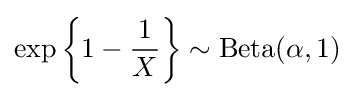
\exp \left\{1-{\frac {1}{X}}\right\}\sim {\textrm {Beta}}(\alpha ,1)